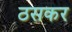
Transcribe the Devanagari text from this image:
ठसकर